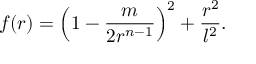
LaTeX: f ( r ) = \left( 1 - \frac { m } { 2 r ^ { n - 1 } } \right) ^ { 2 } + \frac { r ^ { 2 } } { l ^ { 2 } } .